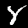
Digit: 8